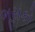
ભૂસકો